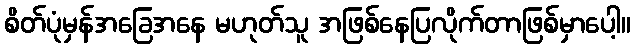
စိတ်ပုံမှန်အခြေအနေ မဟုတ်သူ အဖြစ်နေပြလိုက်တာဖြစ်မှာပေါ့။